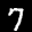
Label: 7